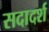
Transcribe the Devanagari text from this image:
सदादर्श